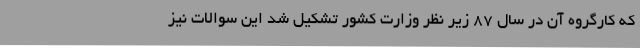
که کارگروه آن در سال ۸۷ زیر نظر وزارت کشور تشکیل شد این سوالات نیز